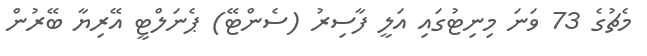
މެޗުގެ 73 ވަނަ މިނިޓުގައި އަލީ ފާސިރު (ސެންޓޭ) ޕެނަލްޓީ އޭރިޔާ ބޭރުން